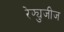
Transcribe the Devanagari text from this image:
रेफ्युजीज